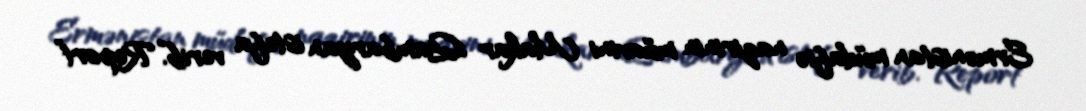
Ermənistan müdafiə nazirinin müavini Makar Qambaryan istefa verib.“Report”